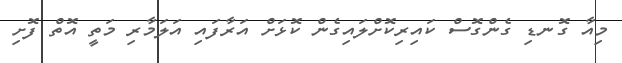
މިއާ ގޮނޑި ގެންގޮސް ކައިރިކޮށްލައިގެން ކޮޅަށް އަރާފައި އަލަމާރި މަތީ އޮތް ފޮށި